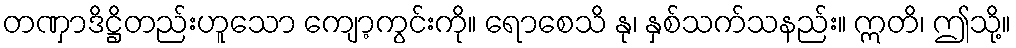
တဏှာဒိဋ္ဌိတည်းဟူသော ကျော့ကွင်းကို။ ရောစေသိ နု၊ နှစ်သက်သနည်း။ ဣတိ၊ ဤသို့။